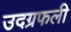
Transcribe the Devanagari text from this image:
उदग्रफली